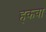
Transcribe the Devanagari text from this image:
हकवा